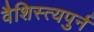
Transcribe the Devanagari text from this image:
वैशिस्त्यपुर्न